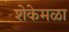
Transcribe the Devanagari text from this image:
शेकेमळा